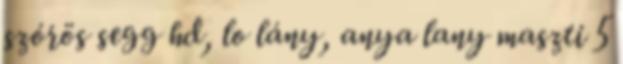
szórös segg hd, lo lány, anya lany maszti 5